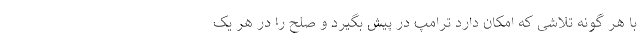
با هر گونه تلاشی که امکان دارد ترامپ در پیش بگیرد و صلح را در هر یک